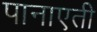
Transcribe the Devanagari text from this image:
पानाएती